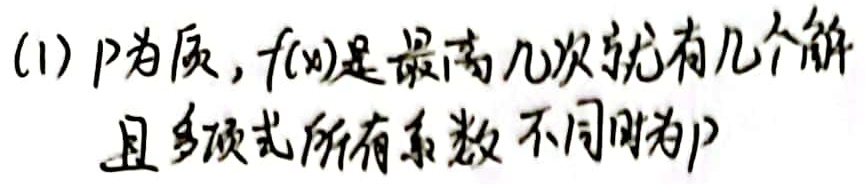
(1) \(p\) 为质数，\(f(x)\) 是最高几次就有几个解且多项式所有系数不同时为 \(p\)